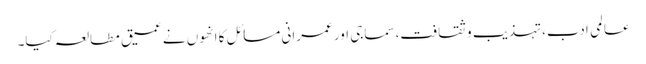
عالمی ادب،تہذیب و ثقافت،سماجی اور عمرانی مسائل کا انھوں نے عمیق مطالعہ کیا۔